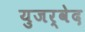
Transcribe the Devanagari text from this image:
युजर्वेद